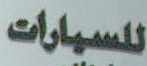
للسيارات